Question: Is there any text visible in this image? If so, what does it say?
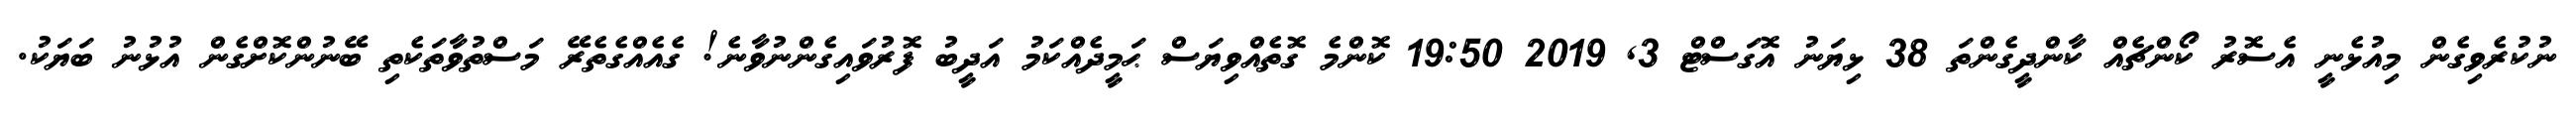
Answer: ނުކުރެވިގެން މިއުޅެނީ އެސޮރު ކޯންޗެއް ކާންދީގެންތަ 38 ޅިޔަނު އޮގަސްޓް 3, 2019 19:50 ކޮންމެ ގޮތެއްވިޔަސް ޙަމީދެއްކަމު އަދީބު ފޮރުވައިގެންނުވާނެ! ގެއެއްގެތެރޭ މަސްތުވާތަކެތި ބޭނުންކޮށްގެން އުޅުނު ބަޔަކު.